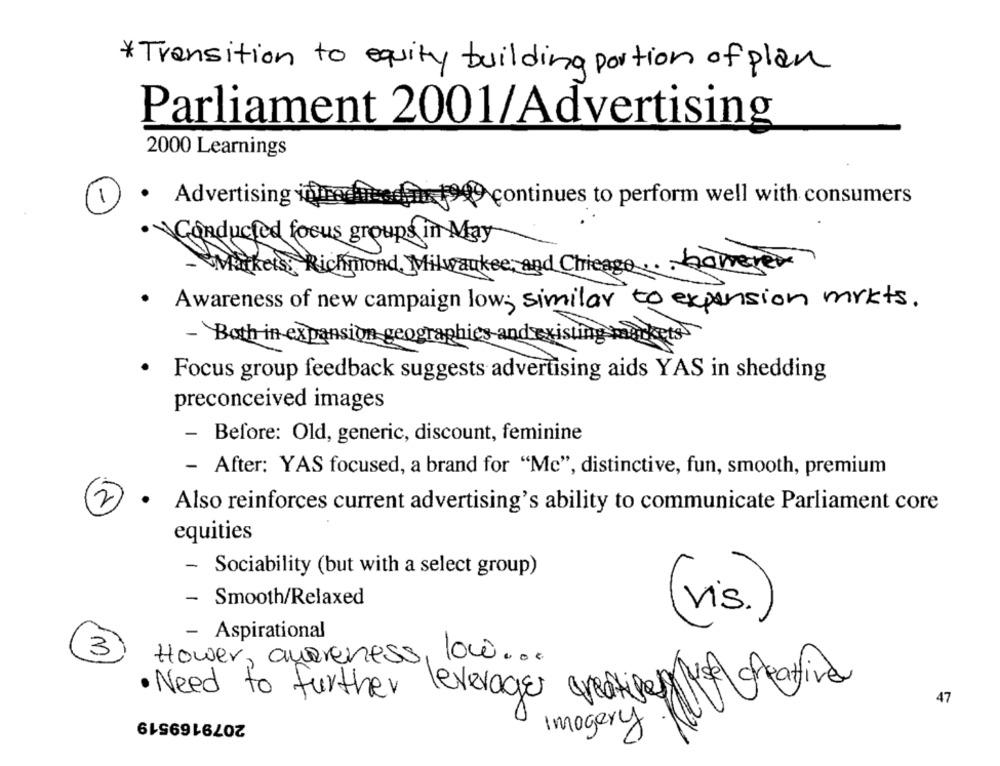
* Transition to equity building portion of plan
Parliament 2001/Advertising
2000 Learnings
1
Advertising
Hedin fo continues to perform well with consumers
Conducted focus groups in May
Richmond Milwaukee, and Chicago .. . however
Market
.Awareness of new campaign low; similar to expens
pension mrkts .
- Both in expansion geographics and existing
Focus group feedback suggests advertising aids YAS in shedding
preconceived images
- Before: Old, generic, discount, feminine
- After: YAS focused, a brand for "Mc", distinctive, fun, smooth, premium
2
Also reinforces current advertising's ability to communicate Parliament core
equities
-
Sociability (but with a select group)
- Smooth/Relaxed
(vis.)
- Aspirational
3
Hower, andreness, low ...
· Need to further leverages creatiper use greattive
47
2079169519
Imagery